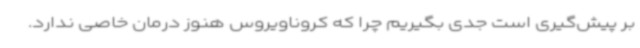
بر پیش‌گیری است جدی بگیریم چرا که کروناویروس هنوز درمان خاصی ندارد.